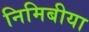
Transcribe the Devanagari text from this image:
निमिबीया